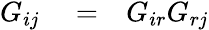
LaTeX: \begin{array}{rlr}{G_{ij}}&{{}=}&{G_{ir}G_{rj}}\end{array}